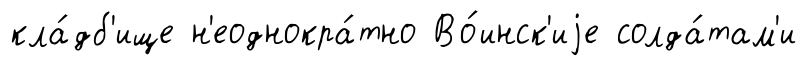
кла́дб'ище н'еоднокра́тно Во́инск'иjе солда́там'и